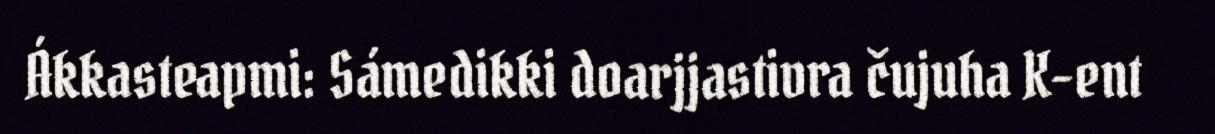
Ákkasteapmi: Sámedikki doarjjastivra čujuha K-ent